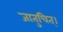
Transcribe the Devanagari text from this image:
जातुचित्।